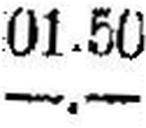
—.—